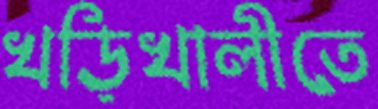
খড়িখালীতে